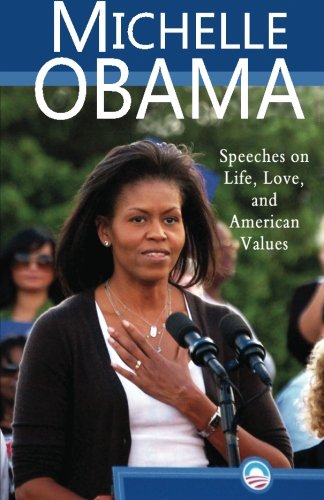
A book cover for Michelle Obama: Speeches on Life, Love, and American Values; Michelle Obama; Literature & Fiction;